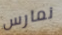
نمارس